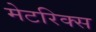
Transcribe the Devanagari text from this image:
मेटरिक्स